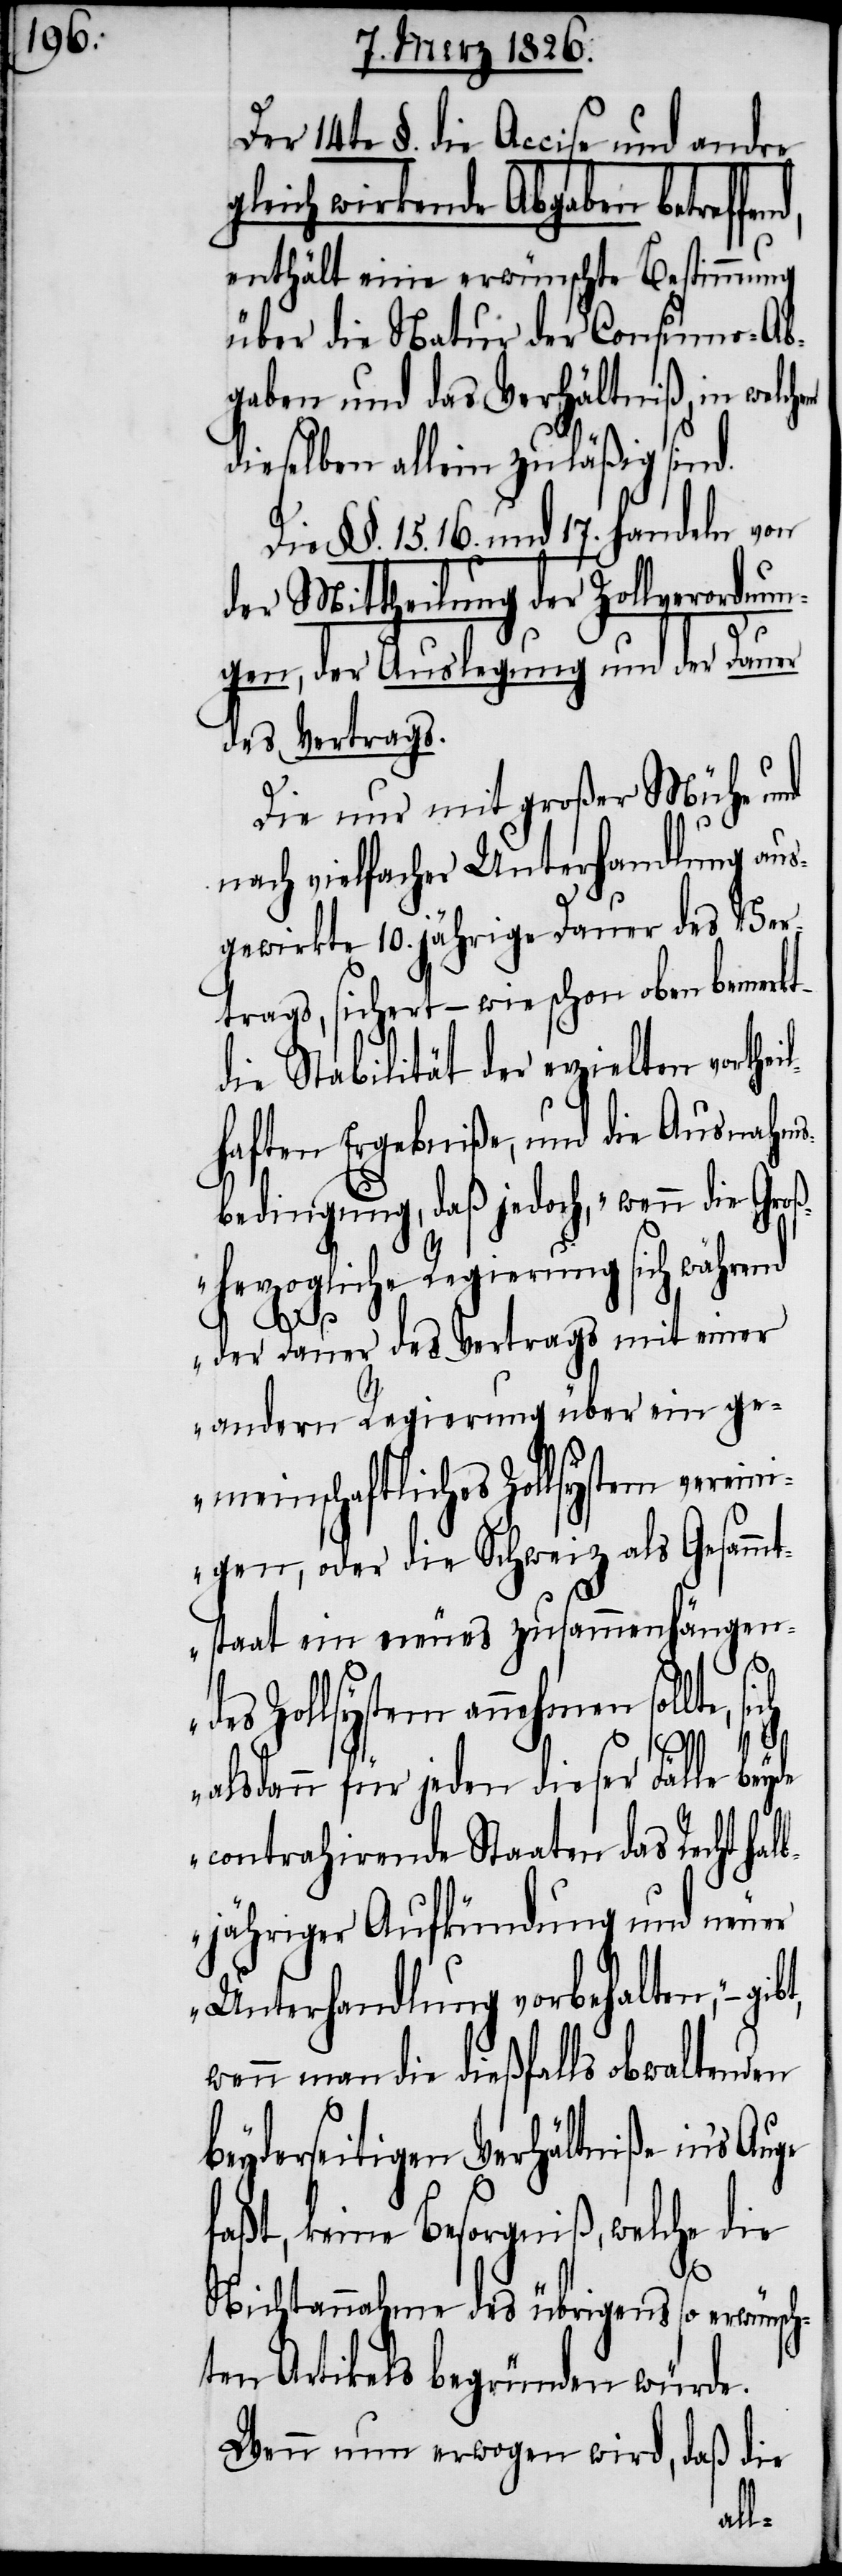
Der 14te §. die Accise und andre
gleich wirkende Abgaben betreffe¬
enthält eine erwünschte Bestimmung
über die Natur der Consumo-Ab¬
gaben und das Verhältniß, in welch¬
dieselben allein zuläßig sind.
Die §§. 15. 16. und 17. handeln von
der Mittheilung der Zollverordnun¬
gen, der Auslegung und der Dauer
des Vertrags.
Die nur mit großer Mühe und
nach vielfacher Unterhandlung aus¬
gewirkte 10. jährige Dauer des Ver¬
trags, sichert – wie schon oben bemerkt
die Stabilität der erzielten vorth¬
haften Ergebniße, und die Ausnahms¬
bedingung, daß jedoch, „wenn die Gr¬
oßherzogliche Regierung sich während
der Dauer des Vertrags mit einer
andern Regierung über ein ge¬
meinschaftliches Zollsystem verein¬
igen, oder die Schweiz als Gesammt¬
staat ein neues zusammenhängen¬
des Zollsystem annehmen sollte,
alsdann für jeden dieser Fälle beyde
contrahirende Staaten das Recht hal¬
bjähriger Aufkündung und neuer
Unterhandlung vorbehalten,“ –
wenn man die dießfalls obwaltenden
beyderseitigen Verhältniße in’s
faßt, keine Besorgniß, welche die
em
Nichtannahme des übrigens so erwünsch¬
ten Artikels begründen würde.
Wenn nun erwogen wird, daß die
eil¬